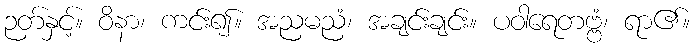
ဉတ်နှင့်။ ဝိနာ၊ ကင်း၍။ အညမညံ၊ အချင်းချင်း။ ပဝါရေတဗ္ဗံ၊ ရာ၏။